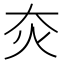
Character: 𤆍